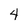
Character: 4